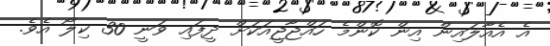
އެ އެއާލައިން އިން ކޮންމެ ހައްޖާޖީއަކަށް ދީފައި ވަނީ 30 ކިލޯ އެވެ.